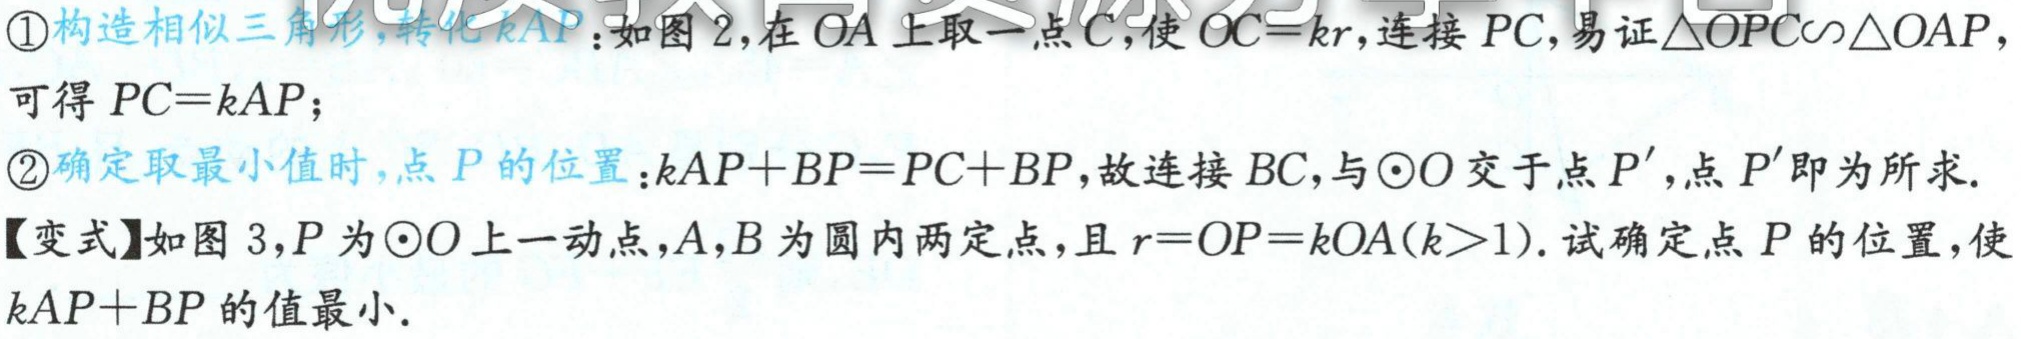
\textcircled{1}构造相似三角形，转化\(kAP\)：如图2，在\(OA\)上取一点\(C\)，使\(OC = kr\)，连接\(PC\)，易证\(\triangle OPC\sim\triangle OAP\)，

可得\(PC = kAP\)；

\textcircled{2}确定取最小值时，点\(P\)的位置：\(kAP + BP=PC + BP\)，故连接\(BC\)，与\(\odot O\)交于点\(P'\)，点\(P'\)即为所求.

【变式】如图3，\(P\)为\(\odot O\)上一动点，\(A,B\)为圆内两定点，且\(r = OP = kOA(k > 1)\).试确定点\(P\)的位置，使

\(kAP + BP\)的值最小.